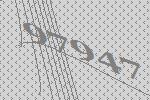
97947